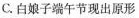
C.白娘子端午节现出原形